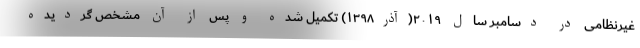
غیرنظامی در دسامبر سال ۲۰۱۹(آذر۱۳۹۸) تکمیل شده و پس از آن مشخص گردیده